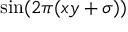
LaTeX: \sin ( 2 \pi ( x y + \sigma ) )